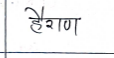
मजकूर: हैराण